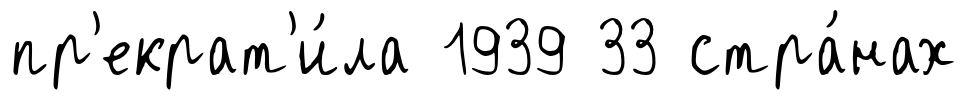
пр'екрат'и́ла 1939 33 стра́нах